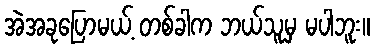
အဲအခုပြောမယ့် တစ်ခါက ဘယ်သူမှ မပါဘူး။